Indian journal of veterinary science and animal husbandry - Volumes 15-17, 1948-1951
Year: 1948
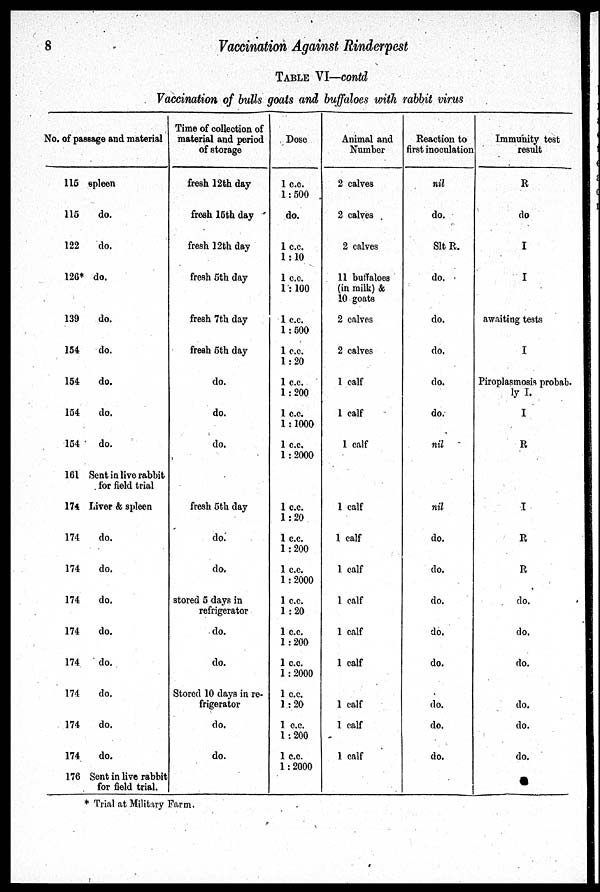
8
Vaccination Against Rinderpest
TABLE VI—contd
Vaccination of bulls goats and buffaloes with rabbit virus
No. of passage and material
115
115
122
126*
139
154
154
154
154
161
174
174
174
174
174
174
174
174
174
176
spleen
do.
do.
do.
do.
do.
do.
do.
do.
Sent in live rabbit
for field trial
Liver & spleen
do.
do.
do.
do.
do.
do.
do.
do.
Sent in live rabbit
for field trial.
Time of collection of
material and period
of storage
fresh 12th day
fresh 15th day
fresh 12th day
fresh 5th day
fresh 7th day
fresh 5th day
do.
do.
do.
fresh 5th day
do.
do.
stored 5 days in
refrigerator
do.
do.
Stored 10 days in re-
frigerator
do.
do.
Dose
1 c.c.
1 : 500
do.
1 c.c.
1 : 10
1 c.c.
1 : 100
1 c.c.
1 : 500
1 c.c.
1 : 20
1 c.c.
1 : 200
1 c.c.
1 : 1000
1 c.c.
1 : 2000
1 c.c.
1 : 20
1 c.c.
1 : 200
1 c.c.
1 : 2000
1 c.c.
1 : 20
1 c.c.
1 : 200
1 c.c.
1 : 2000
1 c.c.
1 : 20
1 c.c.
1 : 200
1 c.c.
1 : 2000
Animal and
Number
2 calves
2 calves
2 calves
11 buffaloes
(in milk) &
10 goats
2 calves
2 calves
1 calf
1 calf
1 calf
1 calf
1 calf
1 calf
1 calf
1 calf
1 calf
1 calf
1 calf
1 calf
Reaction to
first inoculation
nil
do.
Slt R.
do.
do.
do.
do.
do.
nil
nil
do.
do.
do.
do.
do.
do.
do.
do.
Immunity test
result
R
do
I
I
awaiting tests
I
Piroplasmosis probab-
ly I.
I
R
I
R
R
do.
do.
do.
do.
do.
do.
* Trial at Military Farm.